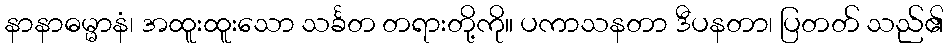
နာနာဓမ္မာနံ၊ အထူးထူးသော သင်္ခတ တရားတို့ကို။ ပကာသနတာ ဒီပနတာ၊ ပြတတ် သည်၏